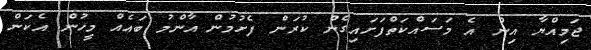
ޖަމިއްޔާ އިން އެ މަސައްކަތްފަށައިގެން ކުރަން ފެށުމުން އާންމު ބައެއް މީހުން އެކަން